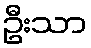
ဦးသာ